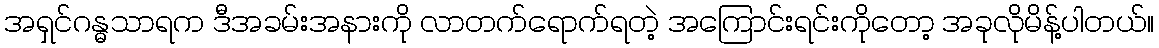
အရှင်ဂန္ဓသာရက ဒီအခမ်းအနားကို လာတက်ရောက်ရတဲ့ အကြောင်းရင်းကိုတော့ အခုလိုမိန့်ပါတယ်။